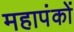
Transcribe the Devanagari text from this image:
महापंकों